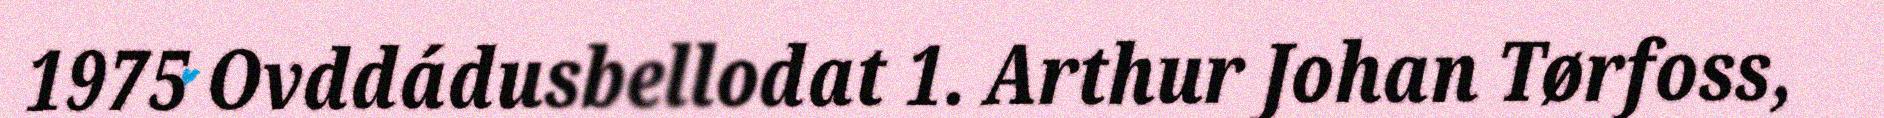
1975 Ovddádusbellodat 1. Arthur Johan Tørfoss,